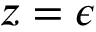
z = \epsilon